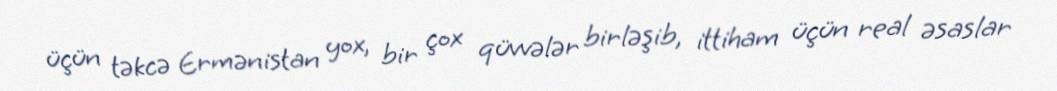
üçün təkcə Ermənistan yox, bir çox qüvvələr birləşib, ittiham üçün real əsaslar